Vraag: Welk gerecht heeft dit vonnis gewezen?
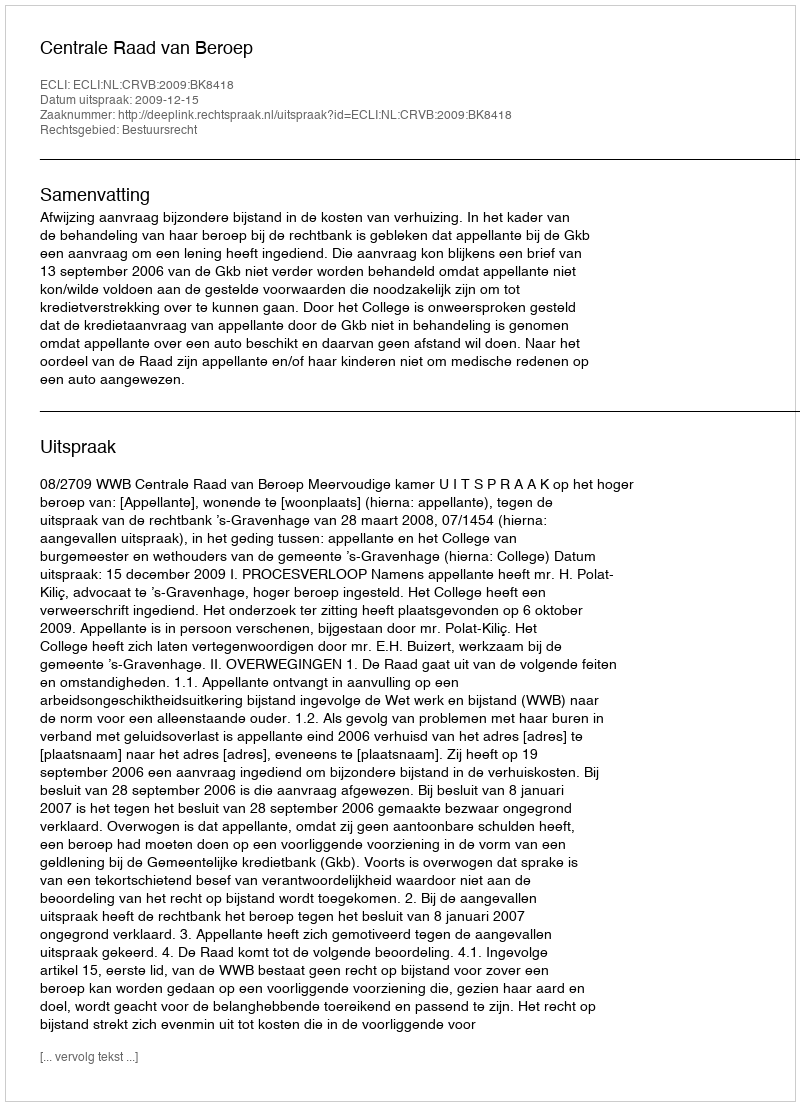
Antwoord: Centrale Raad van Beroep